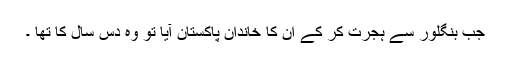
جب بنگلور سے ہجرت کر کے ان کا خاندان پاکستان آیا تو وہ دس سال کا تھا ۔